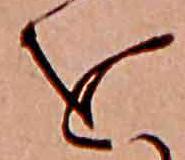
を